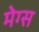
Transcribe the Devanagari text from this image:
मेग्स